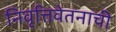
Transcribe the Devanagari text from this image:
निवृत्तिवेतनाची